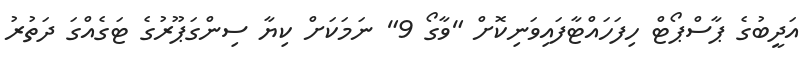
އަދީބުގެ ޕާސްޕޯޓް ހިފަހައްޓާފައިވަނިކޮށް "ވާގޯ 9" ނަމަކަށް ކިޔާ ސިންގަޕޫރުގެ ޓަގެއްގަ ދަތުރު